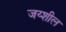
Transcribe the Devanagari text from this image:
जय्शील